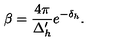
\beta = \frac { 4 \pi } { \Delta _ { h } ^ { \prime } } e ^ { - \delta _ { h } } .